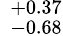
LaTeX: {}\, _{\, -0.68}^{\, +0.37}